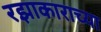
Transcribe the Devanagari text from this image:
रझाकाराच्या